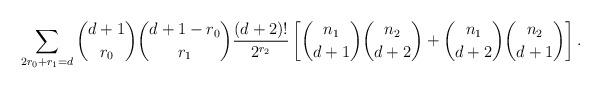
LaTeX: \begin{align*} \sum_{2r_0+r_1=d} {d+1 \choose r_0} {d+1-r_0 \choose r_1} \frac{(d+2)!}{2^{r_2}} \left[ {n_1 \choose d+1} {n_2 \choose d+2} + {n_1 \choose d+2} {n_2 \choose d+1}\right]. \end{align*}